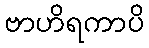
ဗာဟိရကာပိ